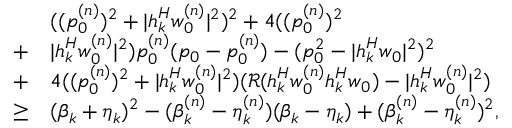
\begin{array} { r l } & { ( ( p _ { 0 } ^ { ( n ) } ) ^ { 2 } + | \boldsymbol h _ { k } ^ { H } \boldsymbol w _ { 0 } ^ { ( n ) } | ^ { 2 } ) ^ { 2 } + 4 ( ( p _ { 0 } ^ { ( n ) } ) ^ { 2 } } \\ { + } & { | \boldsymbol h _ { k } ^ { H } \boldsymbol w _ { 0 } ^ { ( n ) } | ^ { 2 } ) p _ { 0 } ^ { ( n ) } ( p _ { 0 } - p _ { 0 } ^ { ( n ) } ) - ( p _ { 0 } ^ { 2 } - | \boldsymbol h _ { k } ^ { H } \boldsymbol w _ { 0 } | ^ { 2 } ) ^ { 2 } } \\ { + } & { 4 ( ( p _ { 0 } ^ { ( n ) } ) ^ { 2 } + | \boldsymbol h _ { k } ^ { H } \boldsymbol w _ { 0 } ^ { ( n ) } | ^ { 2 } ) ( \mathcal R ( \boldsymbol h _ { k } ^ { H } \boldsymbol w _ { 0 } ^ { ( n ) } \boldsymbol h _ { k } ^ { H } \boldsymbol w _ { 0 } ) - | \boldsymbol h _ { k } ^ { H } \boldsymbol w _ { 0 } ^ { ( n ) } | ^ { 2 } ) } \\ { \geq } & { ( \beta _ { k } + \eta _ { k } ) ^ { 2 } - ( \beta _ { k } ^ { ( n ) } - \eta _ { k } ^ { ( n ) } ) ( \beta _ { k } - \eta _ { k } ) + ( \beta _ { k } ^ { ( n ) } - \eta _ { k } ^ { ( n ) } ) ^ { 2 } , } \end{array}